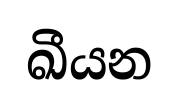
ඛීයන